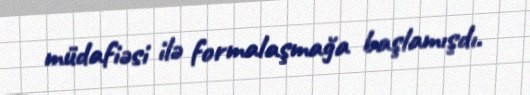
müdafiəsi ilə formalaşmağa başlamışdı.